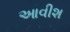
આવીશ